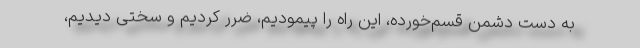
به دست دشمن قسم‌خورده، این راه را پیمودیم، ضرر کردیم و سختی دیدیم،